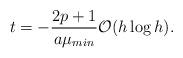
LaTeX: \begin{align*}t = -\frac{2p+1}{a\mu_{min}} \mathcal{O}(h \log h).\end{align*}